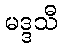
မဒ္ဒသီ